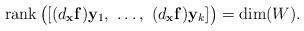
LaTeX: \begin{align*}\operatorname{rank}\big([(d_{\mathbf x}\mathbf f) \mathbf y_1,\ \dots,\ (d_{\mathbf x}\mathbf f) \mathbf y_k]\big)=\operatorname{dim}(W).\end{align*}